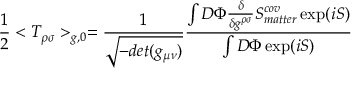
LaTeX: { \frac { 1 } { 2 } } < T _ { \rho \sigma } > _ { g , 0 } = { \frac { 1 } { \sqrt { - d e t ( g _ { \mu \nu } ) } } } \frac { \int { \cal D } \Phi { \frac { \delta } { \delta g ^ { \rho \sigma } } } S _ { m a t t e r } ^ { c o v } \exp ( i S ) } { \int { \cal D } \Phi \exp ( i S ) }